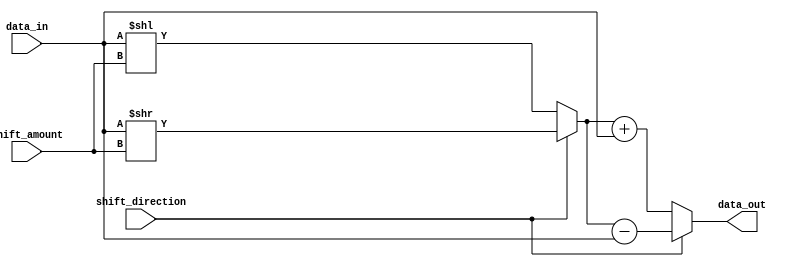
module barrel_shifter(
    input wire [7:0] data_in,
    input wire [2:0] shift_amount,
    input wire shift_direction,
    output reg [7:0] data_out
);

reg [7:0] shifted_data;

always @(*) begin
    if (shift_direction == 1'b0) begin // Left shift
        shifted_data = data_in << shift_amount;
    end else begin // Right shift
        shifted_data = data_in >> shift_amount;
    end
end

always @(*) begin
    if (shift_direction == 1'b0) begin // Left shift
        data_out = shifted_data + data_in; // Addition operation
    end else begin // Right shift
        data_out = shifted_data - data_in; // Subtraction operation
    end
end

endmodule